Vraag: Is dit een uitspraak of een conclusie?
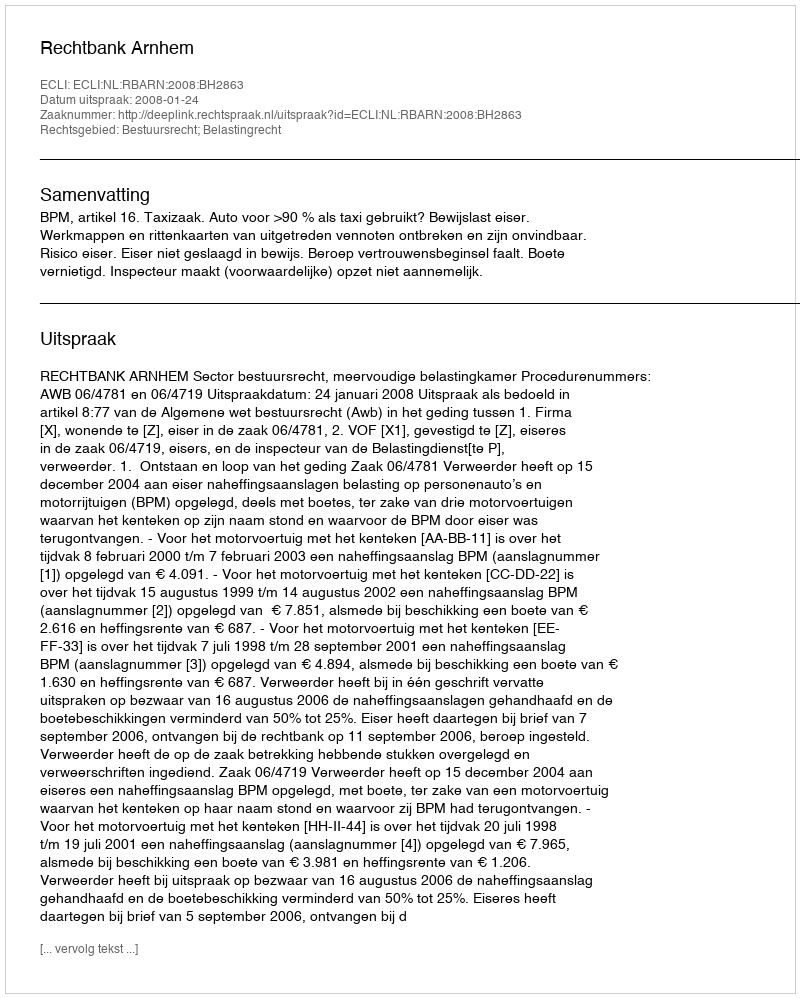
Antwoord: Uitspraak